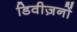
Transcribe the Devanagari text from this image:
डिवीज़नों